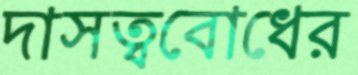
দাসত্ববোধের